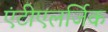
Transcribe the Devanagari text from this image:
एंटीएलर्जिक